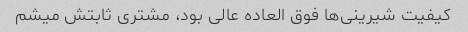
کیفیت شیرینی‌ها فوق العاده عالی بود، مشتری ثابتش میشم